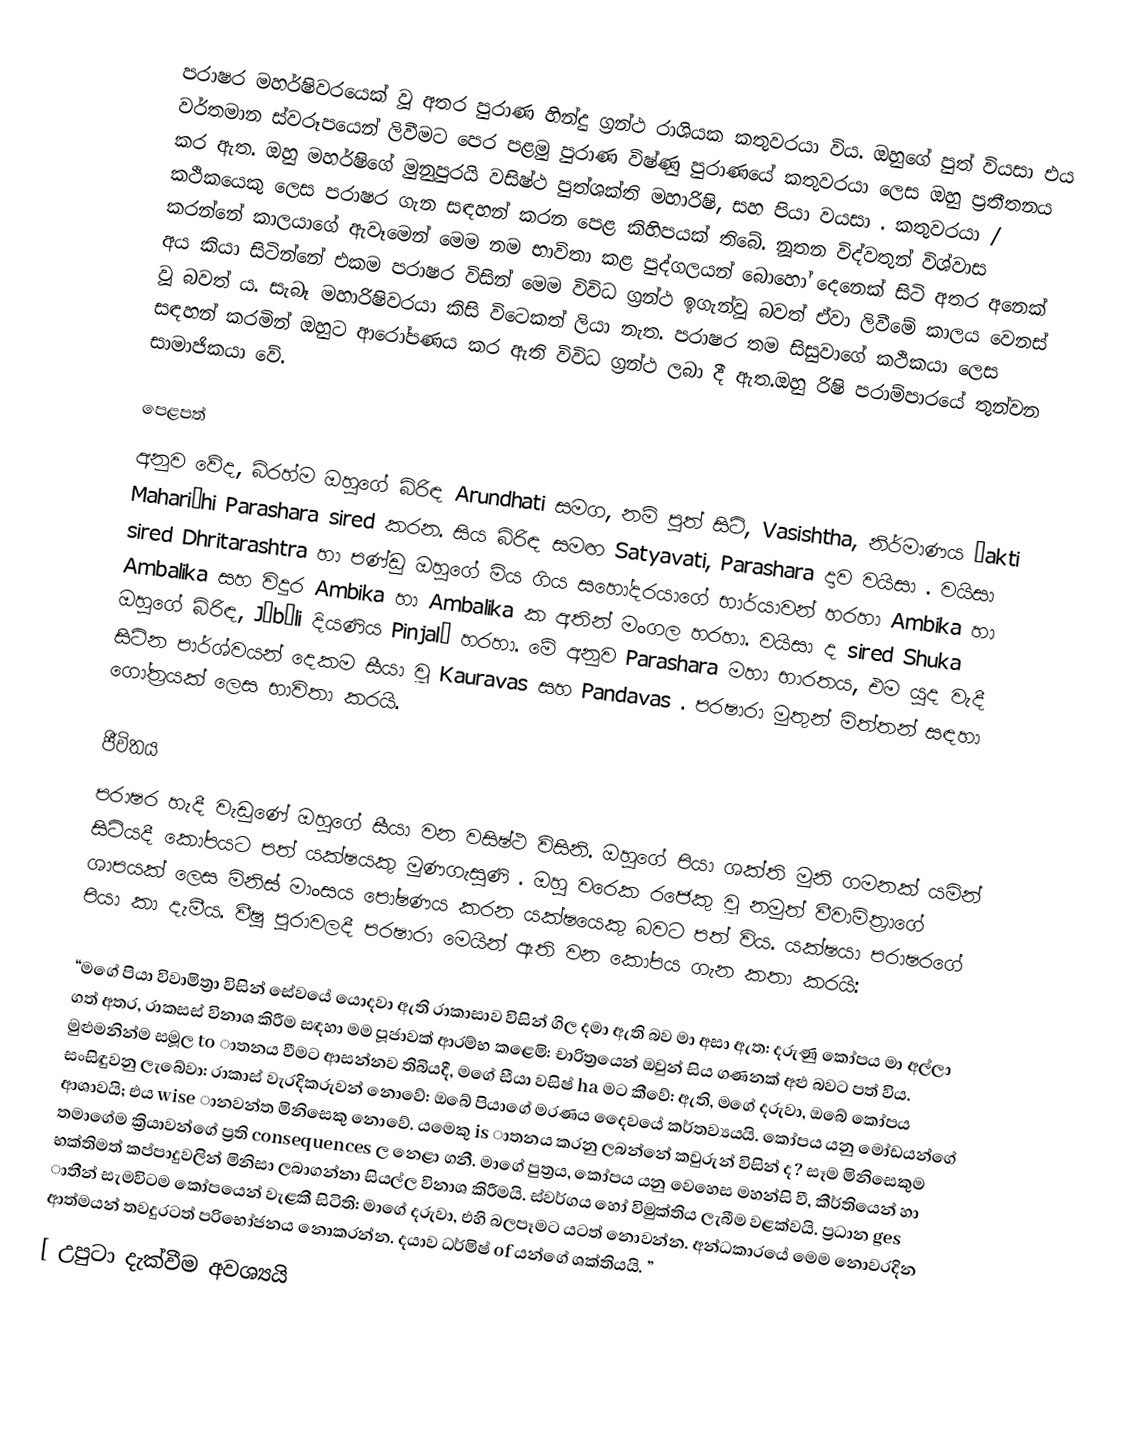
පරාෂර මහර්ෂිවරයෙක් වූ අතර පුරාණ හින්දු ග්‍රන්ථ රාශියක කතුවරයා විය. ඔහුගේ පුත් වියසා එය වර්තමාන ස්වරූපයෙන් ලිවීමට පෙර පළමු පුරාණ විෂ්ණු පුරාණයේ කතුවරයා ලෙස ඔහු ප්‍රතීතනය කර ඇත. ඔහු මහර්ෂිගේ මුනුපුරයි වසිෂ්ථ  පුත්ශක්ති මහාරිෂි, සහ පියා වයසා . කතුවරයා / කථිකයෙකු ලෙස පරාෂර ගැන සඳහන් කරන පෙළ කිහිපයක් තිබේ. නූතන විද්වතුන් විශ්වාස කරන්නේ කාලයාගේ ඇවෑමෙන් මෙම නම භාවිතා කළ පුද්ගලයන් බොහෝ දෙනෙක් සිටි අතර අනෙක් අය කියා සිටින්නේ එකම පරාෂර විසින් මෙම විවිධ ග්‍රන්ථ ඉගැන්වූ බවත් ඒවා ලිවීමේ කාලය වෙනස් වූ බවත් ය. සැබෑ මහාරිෂිවරයා කිසි විටෙකත් ලියා නැත. පරාෂර තම සිසුවාගේ කථිකයා ලෙස සඳහන් කරමින් ඔහුට ආරෝපණය කර ඇති විවිධ ග්‍රන්ථ ලබා දී ඇත.ඔහු රිෂි පරාම්පාරයේ තුන්වන සාමාජිකයා වේ.

පෙළපත්
අනුව වේද, බ්රහ්ම ඔහුගේ බිරිඳ Arundhati සමග, නම් පුත් සිටි, Vasishtha, නිර්මාණය Śakti Mahariṣhi Parashara sired කරන. සිය බිරිඳ සමඟ Satyavati, Parashara දාව වයිසා . වයිසා sired Dhritarashtra හා පණ්ඩු ඔහුගේ මිය ගිය සහෝදරයාගේ භාර්යාවන් හරහා Ambika හා Ambalika සහ විදුර Ambika හා Ambalika ක අතින් මංගල හරහා. වයිසා ද sired Shuka ඔහුගේ බිරිඳ, Jābāli දියණිය Pinjalā හරහා. මේ අනුව Parashara මහා භාරතය, එම යුද වැදී සිටින පාර්ශ්වයන් දෙකම සීයා වූ Kauravas සහ Pandavas . පරෂාරා මුතුන් මිත්තන් සඳහා ගෝත්‍රයක් ලෙස භාවිතා කරයි.

ජීවිතය
පරාෂර හැදී වැඩුණේ ඔහුගේ සීයා වන වසිෂ්ථ විසිනි. ඔහුගේ පියා ශක්ති මුනි ගමනක් යමින් සිටියදී කෝපයට පත් යක්ෂයකු මුණගැසුණි . ඔහු වරෙක රජෙකු වූ නමුත් වීවාමිත්‍රාගේ ශාපයක් ලෙස මිනිස් මාංසය පෝෂණය කරන යක්ෂයෙකු බවට පත් විය. යක්ෂයා පරාෂරගේ පියා කා දැමීය. වීෂු පුරාවලදී පරෂාරා මෙයින් ඇති වන කෝපය ගැන කතා කරයි:

“මගේ පියා විවාමිත්‍රා විසින් සේවයේ යොදවා ඇති රාකාසාව විසින් ගිල දමා ඇති බව මා අසා ඇත: දරුණු කෝපය මා අල්ලා ගත් අතර, රාකසස් විනාශ කිරීම සඳහා මම පූජාවක් ආරම්භ කළෙමි: චාරිත්‍රයෙන් ඔවුන් සිය ගණනක් අළු බවට පත් විය. මුළුමනින්ම සමූල to ාතනය වීමට ආසන්නව තිබියදී, මගේ සීයා වසිෂ් ha මට කීවේ: ඇති, මගේ දරුවා, ඔබේ කෝපය සංසිඳුවනු ලැබේවා: රාකාස් වැරදිකරුවන් නොවේ: ඔබේ පියාගේ මරණය දෛවයේ කර්තව්‍යයයි. කෝපය යනු මෝඩයන්ගේ ආශාවයි; එය wise ානවන්ත මිනිසෙකු නොවේ. යමෙකු is ාතනය කරනු ලබන්නේ කවුරුන් විසින් ද? සෑම මිනිසෙකුම තමාගේම ක්‍රියාවන්ගේ ප්‍රති consequences ල නෙළා ගනී. මාගේ පුත්‍රය, කෝපය යනු වෙහෙස මහන්සි වී, කීර්තියෙන් හා භක්තිමත් කප්පාදුවලින් මිනිසා ලබාගන්නා සියල්ල විනාශ කිරීමයි. ස්වර්ගය හෝ විමුක්තිය ලැබීම වළක්වයි. ප්‍රධාන ges ාතීන් සැමවිටම කෝපයෙන් වැළකී සිටිති: මාගේ දරුවා, එහි බලපෑමට යටත් නොවන්න. අන්ධකාරයේ මෙම නොවරදින ආත්මයන් තවදුරටත් පරිභෝජනය නොකරන්න. දයාව ධර්මිෂ් of යන්ගේ ශක්තියයි. ”
[ උපුටා දැක්වීම අවශ්‍යයි